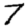
Digit: 7